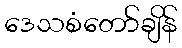
ဒေသစံတော်ချိန်